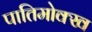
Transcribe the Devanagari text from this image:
पातिमोक्ख